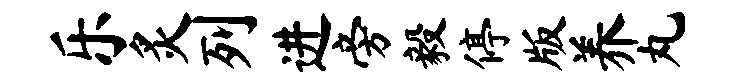
乐炙列进旁毅停版养丸